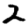
Digit: 2